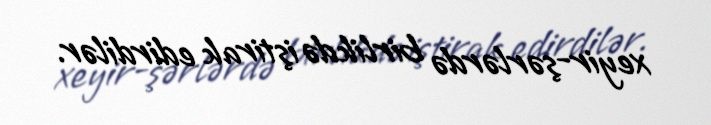
xeyir-şərlərdə birlikdə iştirak edirdilər.